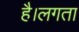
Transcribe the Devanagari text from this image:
है।लगता